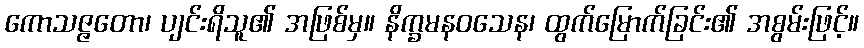
ကောသဇ္ဇတော၊ ပျင်းရိသူ၏ အဖြစ်မှ။ နိက္ခမနဝသေန၊ ထွက်မြောက်ခြင်း၏ အစွမ်းဖြင့်။